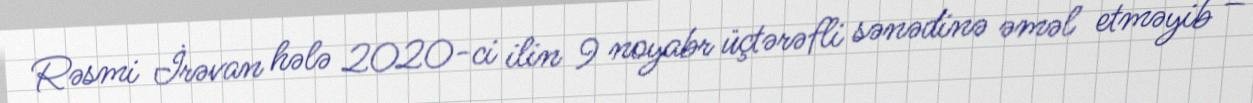
Rəsmi İrəvan hələ 2020-ci ilin 9 noyabr üçtərəfli sənədinə əməl etməyib –